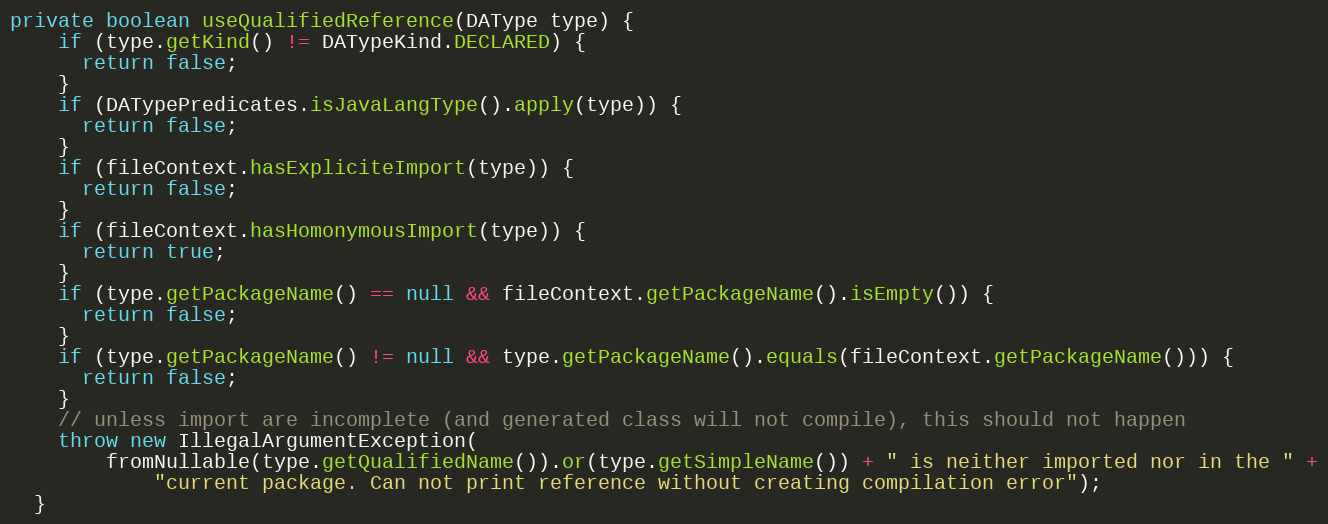
Language: Java
private boolean useQualifiedReference(DAType type) {
    if (type.getKind() != DATypeKind.DECLARED) {
      return false;
    }
    if (DATypePredicates.isJavaLangType().apply(type)) {
      return false;
    }
    if (fileContext.hasExpliciteImport(type)) {
      return false;
    }
    if (fileContext.hasHomonymousImport(type)) {
      return true;
    }
    if (type.getPackageName() == null && fileContext.getPackageName().isEmpty()) {
      return false;
    }
    if (type.getPackageName() != null && type.getPackageName().equals(fileContext.getPackageName())) {
      return false;
    }
    // unless import are incomplete (and generated class will not compile), this should not happen
    throw new IllegalArgumentException(
        fromNullable(type.getQualifiedName()).or(type.getSimpleName()) + " is neither imported nor in the " +
            "current package. Can not print reference without creating compilation error");
  }